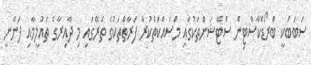
ސަބަބަކީ ބްރޯޑްކާސްޓިން ސްޓޭޝަންތަކުގައި މަސައްކަތްކުރާ ފަރާތްތަކުގެ ތެރޭގައި މި ދާއިރާގެ ތައުލީމާއި ފަންނީ